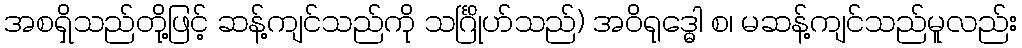
အစရှိသည်တို့ဖြင့် ဆန့်ကျင်သည်ကို သင်္ဂြိုဟ်သည်) အဝိရုဒ္ဓေါ စ၊ မဆန့်ကျင်သည်မူလည်း